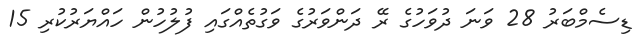
ޑިސެމްބަރު 28 ވަނަ ދުވަހުގެ ރޭ ދަންވަރުގެ ވަގުތެއްގައި ފުލުހުން ހައްޔަރުކުރި 15